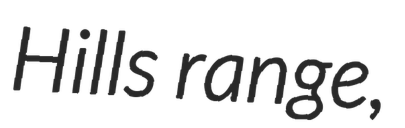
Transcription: Hills range,